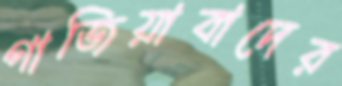
গাজিয়াবাদের